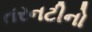
તરનટીનો